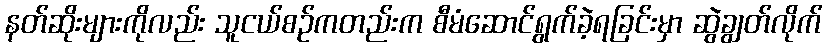
နတ်ဆိုးများကိုလည်း သူငယ်စဉ်ကတည်းက စီမံဆောင်ရွက်ခဲ့ရခြင်းမှာ ဆွဲချွတ်လိုက်